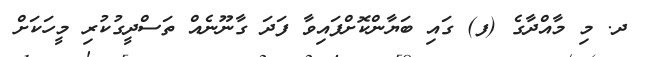
ދ. މި މާއްދާގެ (ފ) ގައި ބަޔާންކޮށްފައިވާ ފަދަ ގާނޫނެއް ތަސްދީގުކުރި މީހަކަށް